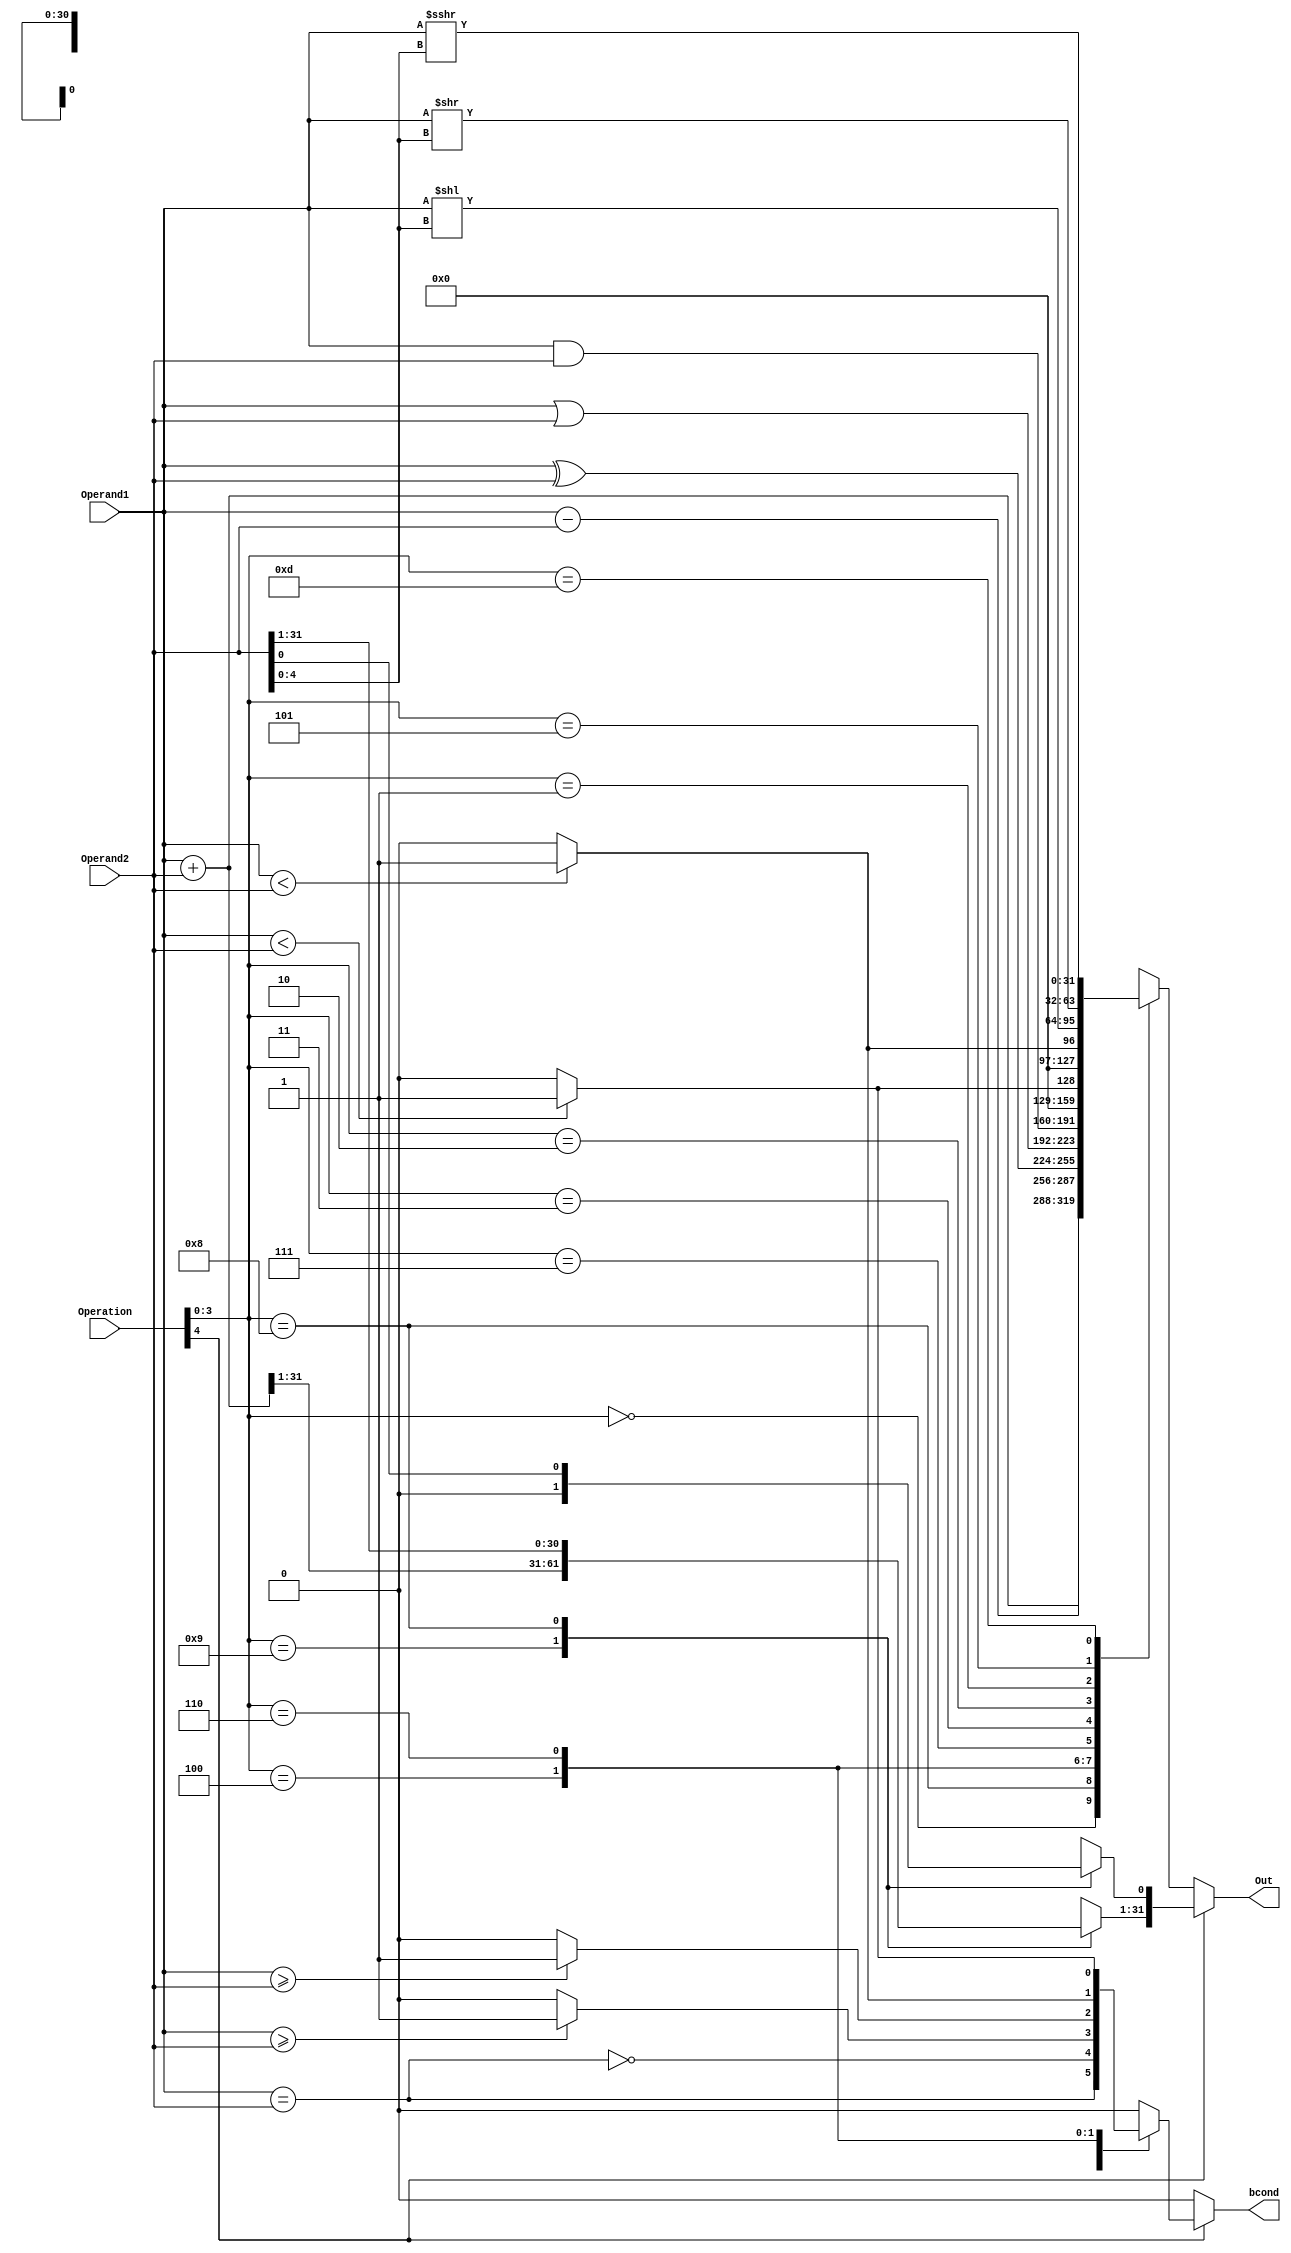
//The operations contain 5 bits
//Branch/LUI/JALR:MSB=1
//Other ALU instructions:MSB=0
//MSB is ignored in the macros definition

//Set 4 digit binary values for the operations to performed
//ALU operations
`define ADD 4'b0000     
`define SUB 4'b1000
`define XOR 4'b0100
`define OR 4'b0110
`define AND 4'b0111

//Set Less-than. Signed values of operands are considered
`define SLT 4'b0010  
//Unsigned Set Less Than
`define SLTU 4'b0011  
//Logical Left-shift
`define LLS 4'b0001   
//Logical right-shift
`define LRS 4'b0101
//Arithmetic right-shift 
`define ARS 4'b1101

//Branch instructions
`define BEQ 4'b0000	
`define BNE 4'b0001	
`define BLT 4'b0100		
`define BLTU 4'b0110			 
`define BGE 4'b0101		
`define BGEU 4'b0111

//Jump instruction and load upper immediate
`define JALR 4'b1001		
`define LUI 4'b1000

`define DATA_MEM_WORD_SIZE 32
`define REGISTER_WIDTH 32
`define ALU_CTRL_WIDTH 5
				 
module Exec(
	input [(`REGISTER_WIDTH-1):0] Operand1,		//Holds the value of the 1st operand in the instruction
	input [(`REGISTER_WIDTH-1):0] Operand2,    //Holds the value of the 2nd operand in the instruction
	input [(`ALU_CTRL_WIDTH-1):0] Operation,     //Input to the ALU that specifies the operation to be performed
	output reg bcond,
	output reg [(`DATA_MEM_WORD_SIZE-1):0] Out     //Holds the value to written into the destination register    
);
	 
	reg flag;
	 
	always@(*)	
	begin
		//Branch instruction if MSB of Operation is set
		if(Operation[(`ALU_CTRL_WIDTH - 1)]==1)
		begin
		  
			flag=(Operand1==Operand2);
			//Case block for branch instructions and JALR	
			case(Operation[(`ALU_CTRL_WIDTH-2):0])
									
				`BEQ: begin
					bcond=flag;
					Out=32'bx;
				end
				
				`BNE: begin
					bcond=~flag;
					Out=32'bx;
				end
				
				`BGE: begin				 
					if($signed(Operand1)>=$signed(Operand2))
						bcond=1;						
					else
						bcond=0;
						
					Out=32'bx;
				end
				 		
				`BGEU: begin
					if(Operand1>=Operand2)
						bcond=1;
					else
						bcond=0;
						
					Out=32'bx;
				end
				
				`BLT: begin
					if($signed(Operand1)<$signed(Operand2))
						bcond=1;						
					else					
						bcond=0;
						
					Out=32'bx;
				end	
					
				`BLTU: begin
					if(Operand1<Operand2)
						bcond=1;						
					else	
						bcond=0;
						
					Out=32'bx;
				end
				
				`JALR: begin
					Out=(Operand1+Operand2);
					Out[0]=1'b0;
					bcond=1'b0;						 
				end

				`LUI: begin
					Out=Operand2;
					bcond=1'b0;
				end						
				
				default: begin
					bcond=0;
					Out=32'bx;
				end
			
			endcase
		end
		
		else
		//Case block for ALU operations
		begin
			
			case(Operation[3:0])
				`ADD : begin
					Out = Operand1 + Operand2; 			//Adds first and second operand
					bcond=1'b0;
				end
				
				`SUB: begin
					Out = Operand1 - Operand2; 			//Subtracts the second operand from the first
					bcond=1'b0;
				end
				
				`XOR: begin
					Out = Operand1 ^ Operand2; 			//Perfroms XOR on the two operands
					bcond=1'b0;
				end		
				
				`OR: begin
					Out = Operand1 | Operand2; 			//Perfroms OR on the two operands
					bcond=1'b0;
				end
				
				`AND: begin
					Out = Operand1 & Operand2; 			//Performs AND on the two operands
					bcond=1'b0;
				end
				
				`SLTU: begin
					if(Operand1 < Operand2)				//(Unsigned)SLTU sets the output to 1 if the first operand is less than the second and zero otherwise
						Out=1;
					else
						Out=0;

					bcond=1'b0;			
				end
				
				`SLT: begin
					if($signed(Operand1) < $signed(Operand2))	//(Signed)SLT sets the output to 1 if the first operand is less than the second and zero otherwise
						Out=1;
					else
						Out=0;	
							
					bcond=1'b0;	
				end		
				
				`LLS: begin
					Out = Operand1 << Operand2[4:0]; 	//Shifts the 1st operand left by the value held in the lowest 5 bits of the second operand, filling the lowest bits with 0's
					bcond=1'b0;
				end
				
				`LRS: begin
					Out =Operand1 >> Operand2[4:0]; 	//Shifts the 1st operand right by the value held in the lowest 5 bits of the second operand, filling the lowest bits with 0's
					bcond=1'b0;
				end
				
				`ARS: begin
					Out = Operand1 >>> Operand2[4:0];	//Shifts the 1st operand right by the value held in the lowest 5 bits of the second operand, filling the lowest bits with the sign bit			
					bcond=1'b0;
				end
				
				default: begin
					Out={(`DATA_MEM_WORD_SIZE){1'bx}};
					bcond=1'b0;
				end
			
			endcase			
		end		 
	end	  

endmodule